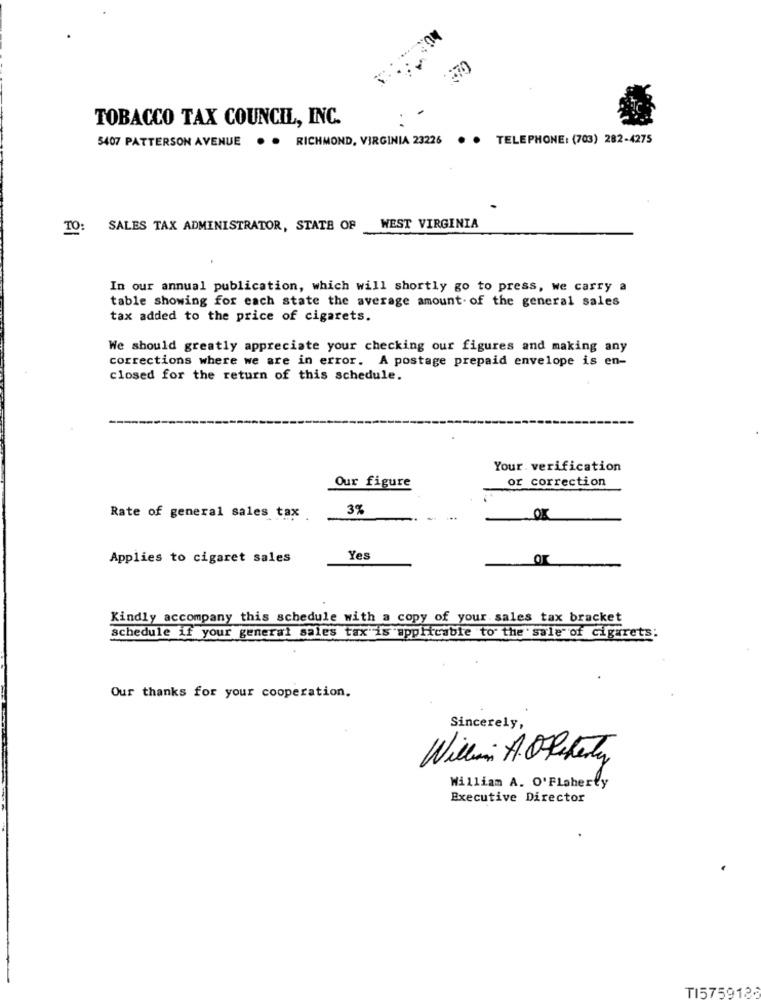
270
TOBACCO TAX COUNCIL, INC.
5407 PATTERSON AVENUE
. . RICHMOND, VIRGINIA 23226
. . TELEPHONE: (703) 282-4275
TO:
SALES TAX ADMINISTRATOR, STATE OF WEST VIRGINIA
In our annual publication, which will shortly go to press, we carry a
table showing for each state the average amount of the general sales
tax added to the price of cigarets.
We should greatly appreciate your checking our figures and making any
corrections where we are in error. A postage prepaid envelope is en-
closed for the return of this schedule.
Your verification
Our figure
or correction
3%
Rate of general sales tax
Applies to cigaret sales
Yes
Kindly accompany this schedule with a copy of your sales tax bracket
schedule if your general sales tax is applicable to the sale of cigarets:
Our thanks for your cooperation.
Sincerely,
Willi AOPakety
William A. O'Flaherty
Executive Director
TI575912: